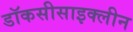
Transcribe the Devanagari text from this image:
डॉकसीसाइक्लीन